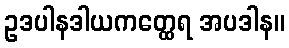
ဥဒပါနဒါယကတ္ထေရ အပဒါန။